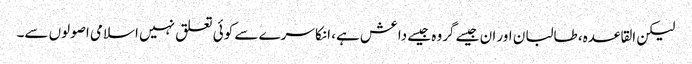
لیکن القاعدہ، طالبان اور ان جیسے گروہ جیسے داعش ہے، انکا سرے سے کوئی تعلق نہیں اسلامی اصولوں سے۔